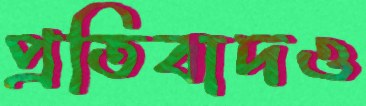
প্রতিবাদও